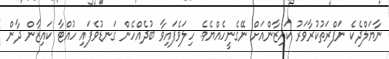
ނާޔަލްދެކެ ނަފްރަތުކުރާވަރު ކައިޒާންއަށް ނޭގެނީހެއްޔެވެ. ހިލަވެފައިވާ ބުދެއްހެން ގަނޑުވެފައި ހުއްޓާ ކައިޒާން ދާން